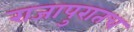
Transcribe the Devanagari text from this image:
राजापुरातच